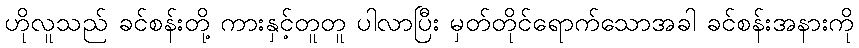
ဟိုလူသည် ခင်စန်းတို့ ကားနှင့်တူတူ ပါလာပြီး မှတ်တိုင်ရောက်သောအခါ ခင်စန်းအနားကို